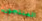
المنتجون